Problem: 77 + 65 = ?
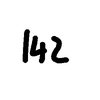
Handwritten answer: 142